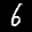
Label: 6